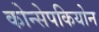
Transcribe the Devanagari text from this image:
कोन्सेपकियोन